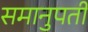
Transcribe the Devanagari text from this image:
समानुपती